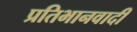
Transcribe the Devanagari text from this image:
प्रतिभानवादी